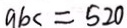
a b c = 5 2 0